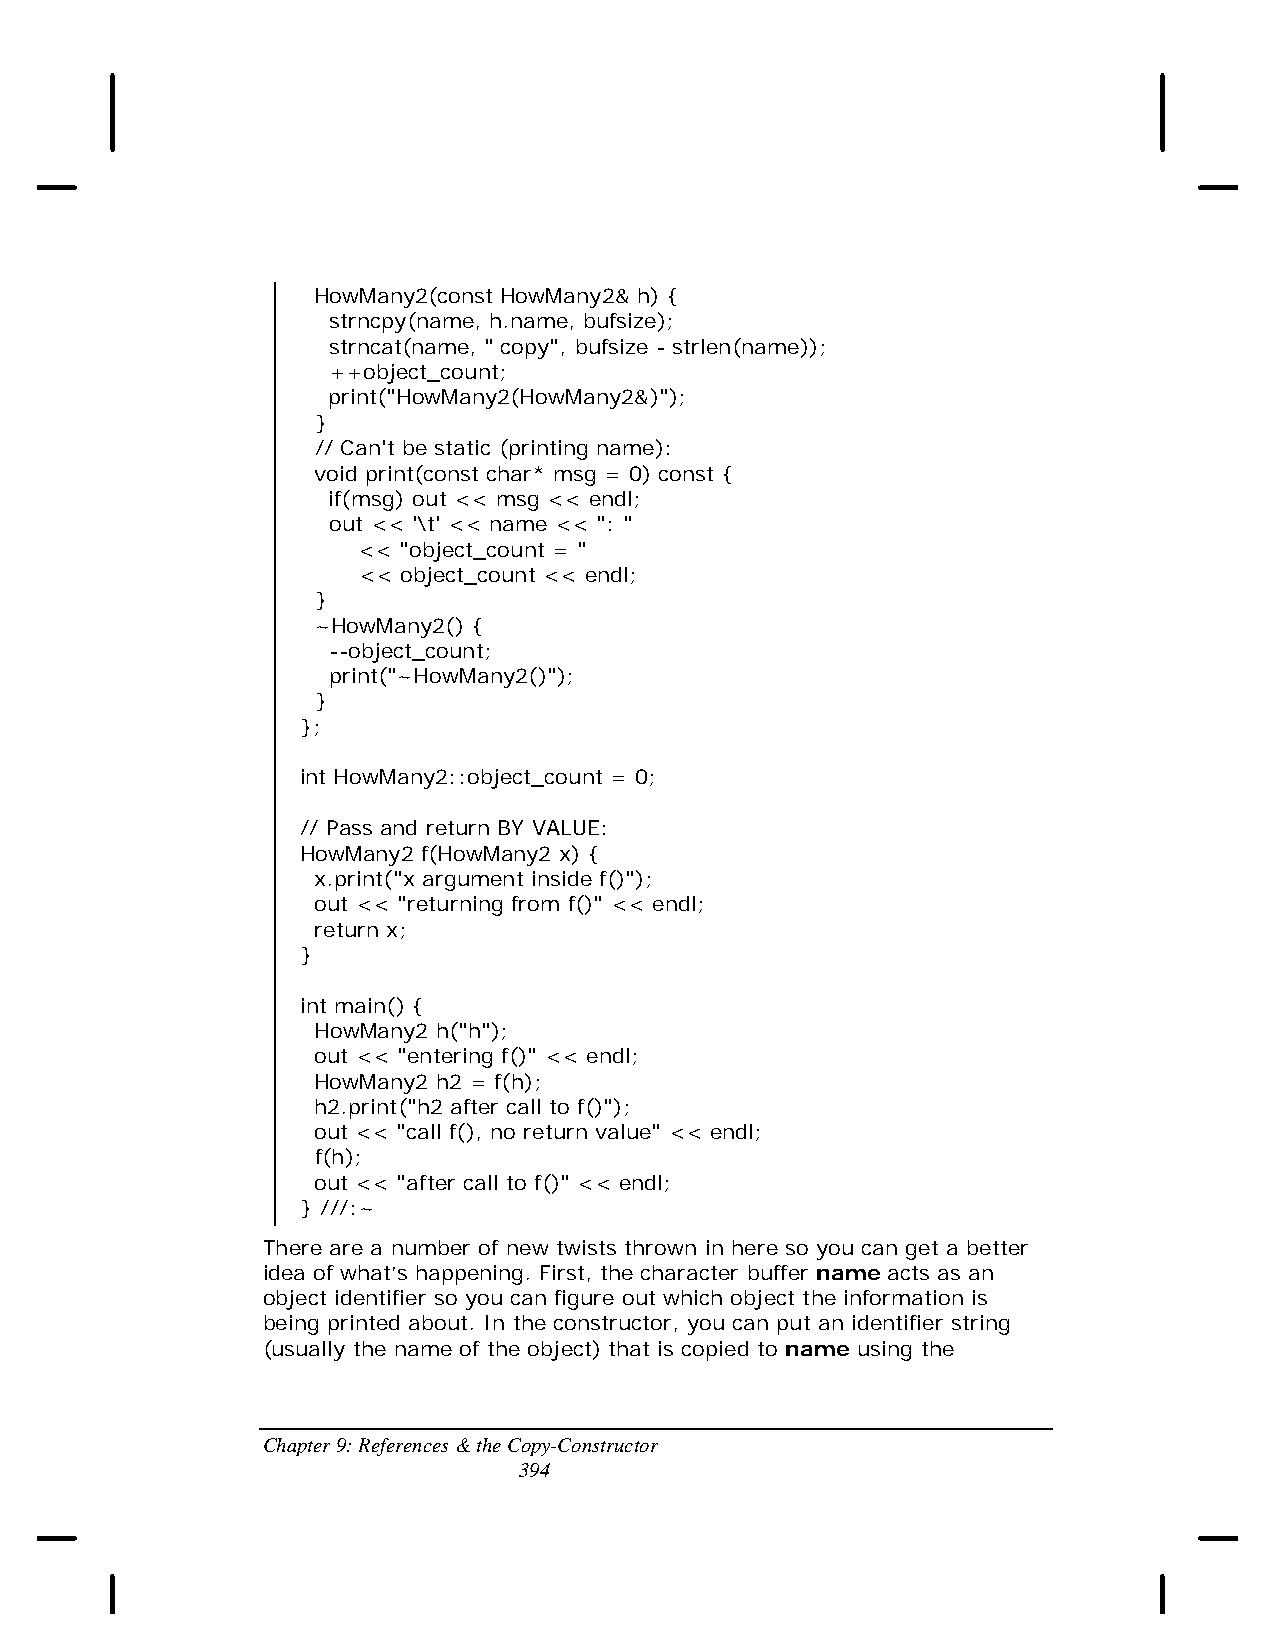
HowMany2(const HowMany2& h) {
 strncpy(name, h.name, bufsize);
 strncat(name, " copy", bufsize - strlen(name));
 ++object_count;
 print("HowMany2(HowMany2&)");
 }
 // Can't be static (printing name):
 void print(const char* msg = 0) const {
 if(msg) out << msg << endl;
 out << '\t' << name << ": "
 << "object_count = "
 << object_count << endl;
 }
 ~HowMany2() {
 --object_count;
 print("~HowMany2()");
 }
 };
 int HowMany2::object_count = 0;
 // Pass and return BY VALUE:
 HowMany2 f(HowMany2 x) {
 x.print("x argument inside f()");
 out << "returning from f()" << endl;
 return x;
 }
 int main() {
 HowMany2 h("h");
 out << "entering f()" << endl;
 HowMany2 h2 = f(h);
 h2.print("h2 after call to f()");
 out << "call f(), no return value" << endl;
 f(h);
 out << "after call to f()" << endl;
 } ///:~
 There are a number of new twists thrown in here so you can get a better
 idea of what’s happening. First, the character buffer name acts as an
 object identifier so you can figure out which object the information is
 being printed about. In the constructor, you can put an identifier string
 (usually the name of the object) that is copied to name using the
 Chapter 9: References & the Copy-Constructor
 394